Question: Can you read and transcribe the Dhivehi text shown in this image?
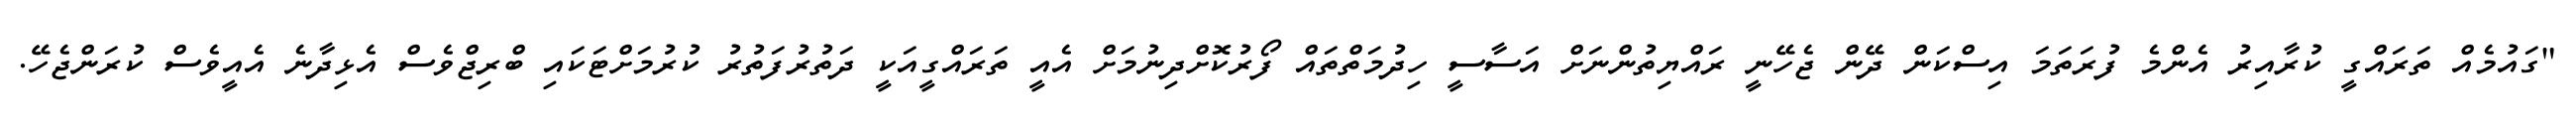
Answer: "ގައުމެއް ތަރައްގީ ކުރާއިރު އެންމެ ފުރަތަމަ އިސްކަން ދޭން ޖެހޭނީ ރައްޔިތުންނަށް އަސާސީ ހިދުމަތްތައް ފޯރުކޮށްދިނުމަށް އެއީ ތަރައްގީއަކީ ދަތުރުފަތުރު ކުރުމަށްޓަކައި ބްރިޖްވެސް އެޅިދާނެ އެއީވެސް ކުރަންޖެހޭ.